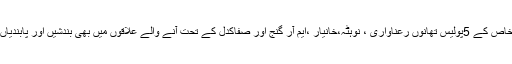
اس دوران شہرخاص کے 5پولیس تھانوں رعناواری ، نوہٹہ،خانیار ،ایم آر گنج اور صفاکدل کے تحت آنے والے علاقوں میں بھی بندشیں اور پابندیاں عائد کی گئیں ۔